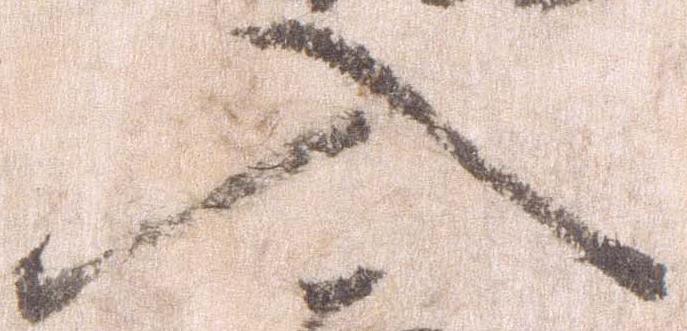
入